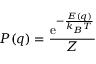
P ( q ) = { \frac { \mathrm { e } ^ { - { \frac { E ( q ) } { k _ { B } T } } } } { Z } }